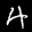
Label: 4